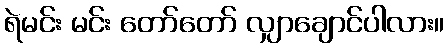
ရဲမင်း မင်း တော်တော် လျှာချောင်ပါလား။